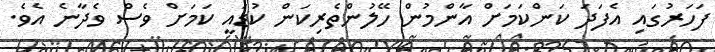
ފަހަރުގައި އެފަދަ ކަންކަމަށް އާންމުން ހޭލުންތެރިކަން ކުޑައީ ކަމަށް ވެސް ވެދާނެ އެވެ.